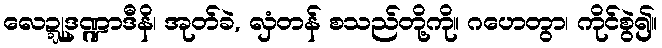
လေဍ္ဍုဒဏ္ဍာဒီနိ၊ အုတ်ခဲ, လှံတန် စသည်တို့ကို။ ဂဟေတွာ၊ ကိုင်စွဲ၍။